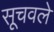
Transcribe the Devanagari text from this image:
सूचवले